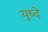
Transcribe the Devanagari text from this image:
युध्दे